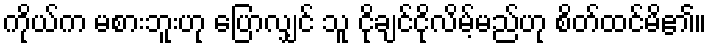
ကိုယ်က မစားဘူးဟု ပြောလျှင် သူ ငိုချင်ငိုလိမ့်မည်ဟု စိတ်ထင်မိ၏။